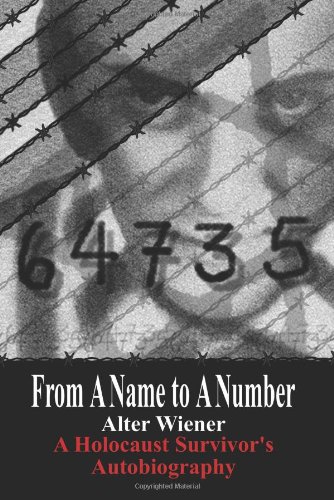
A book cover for From A Name to A Number: A Holocaust Survivor's Autobiography; Alter Wiener; Biographies & Memoirs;